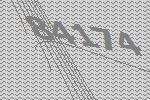
84174